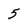
Character: 5